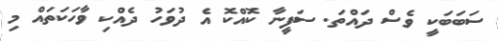
ސަބަބަކީ ވެސް ދައްތަ. ސަފީނާ ކޮއްކޮ އެ ދުވަހު ދެއްކި ވާހަކަތައް މި